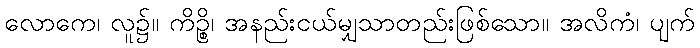
လောကေ၊ လူ၌။ ကိဉ္စိ၊ အနည်းငယ်မျှသာတည်းဖြစ်သော။ အလိကံ၊ ပျက်